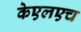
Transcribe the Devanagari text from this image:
केएलएच